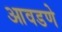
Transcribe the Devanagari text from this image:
आवडणे